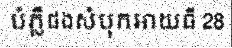
បំភ្លឺផងសំបុកអាយធី 28